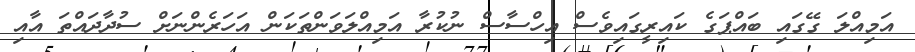
އަމިއްލަ ގޭގައި ބައްޕަގެ ކައިރީގައިވެސް އިހްސާސް ނުކުރާ އަމިއްލަވަންތަކަން އަހަރެންނަށް ސުދާދައްތަ އާއި